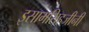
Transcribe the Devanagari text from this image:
इसामसिहजीनी